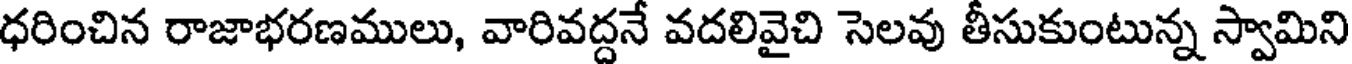
ధరించిన రాజాభరణములు, వారివద్దనే వదలివైచి సెలవు తీసుకుంటున్న స్వామిని